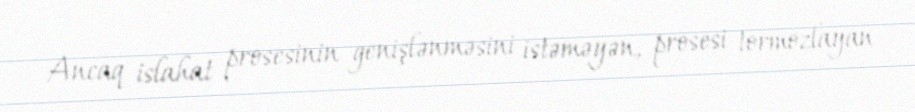
Ancaq islahat prosesinin genişlənməsini istəməyən, prosesi tormozlayan